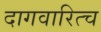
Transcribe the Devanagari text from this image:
दागवारित्च